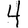
Digit: 4